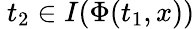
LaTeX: \ t_{2}\in I(\Phi(t_{1},x))